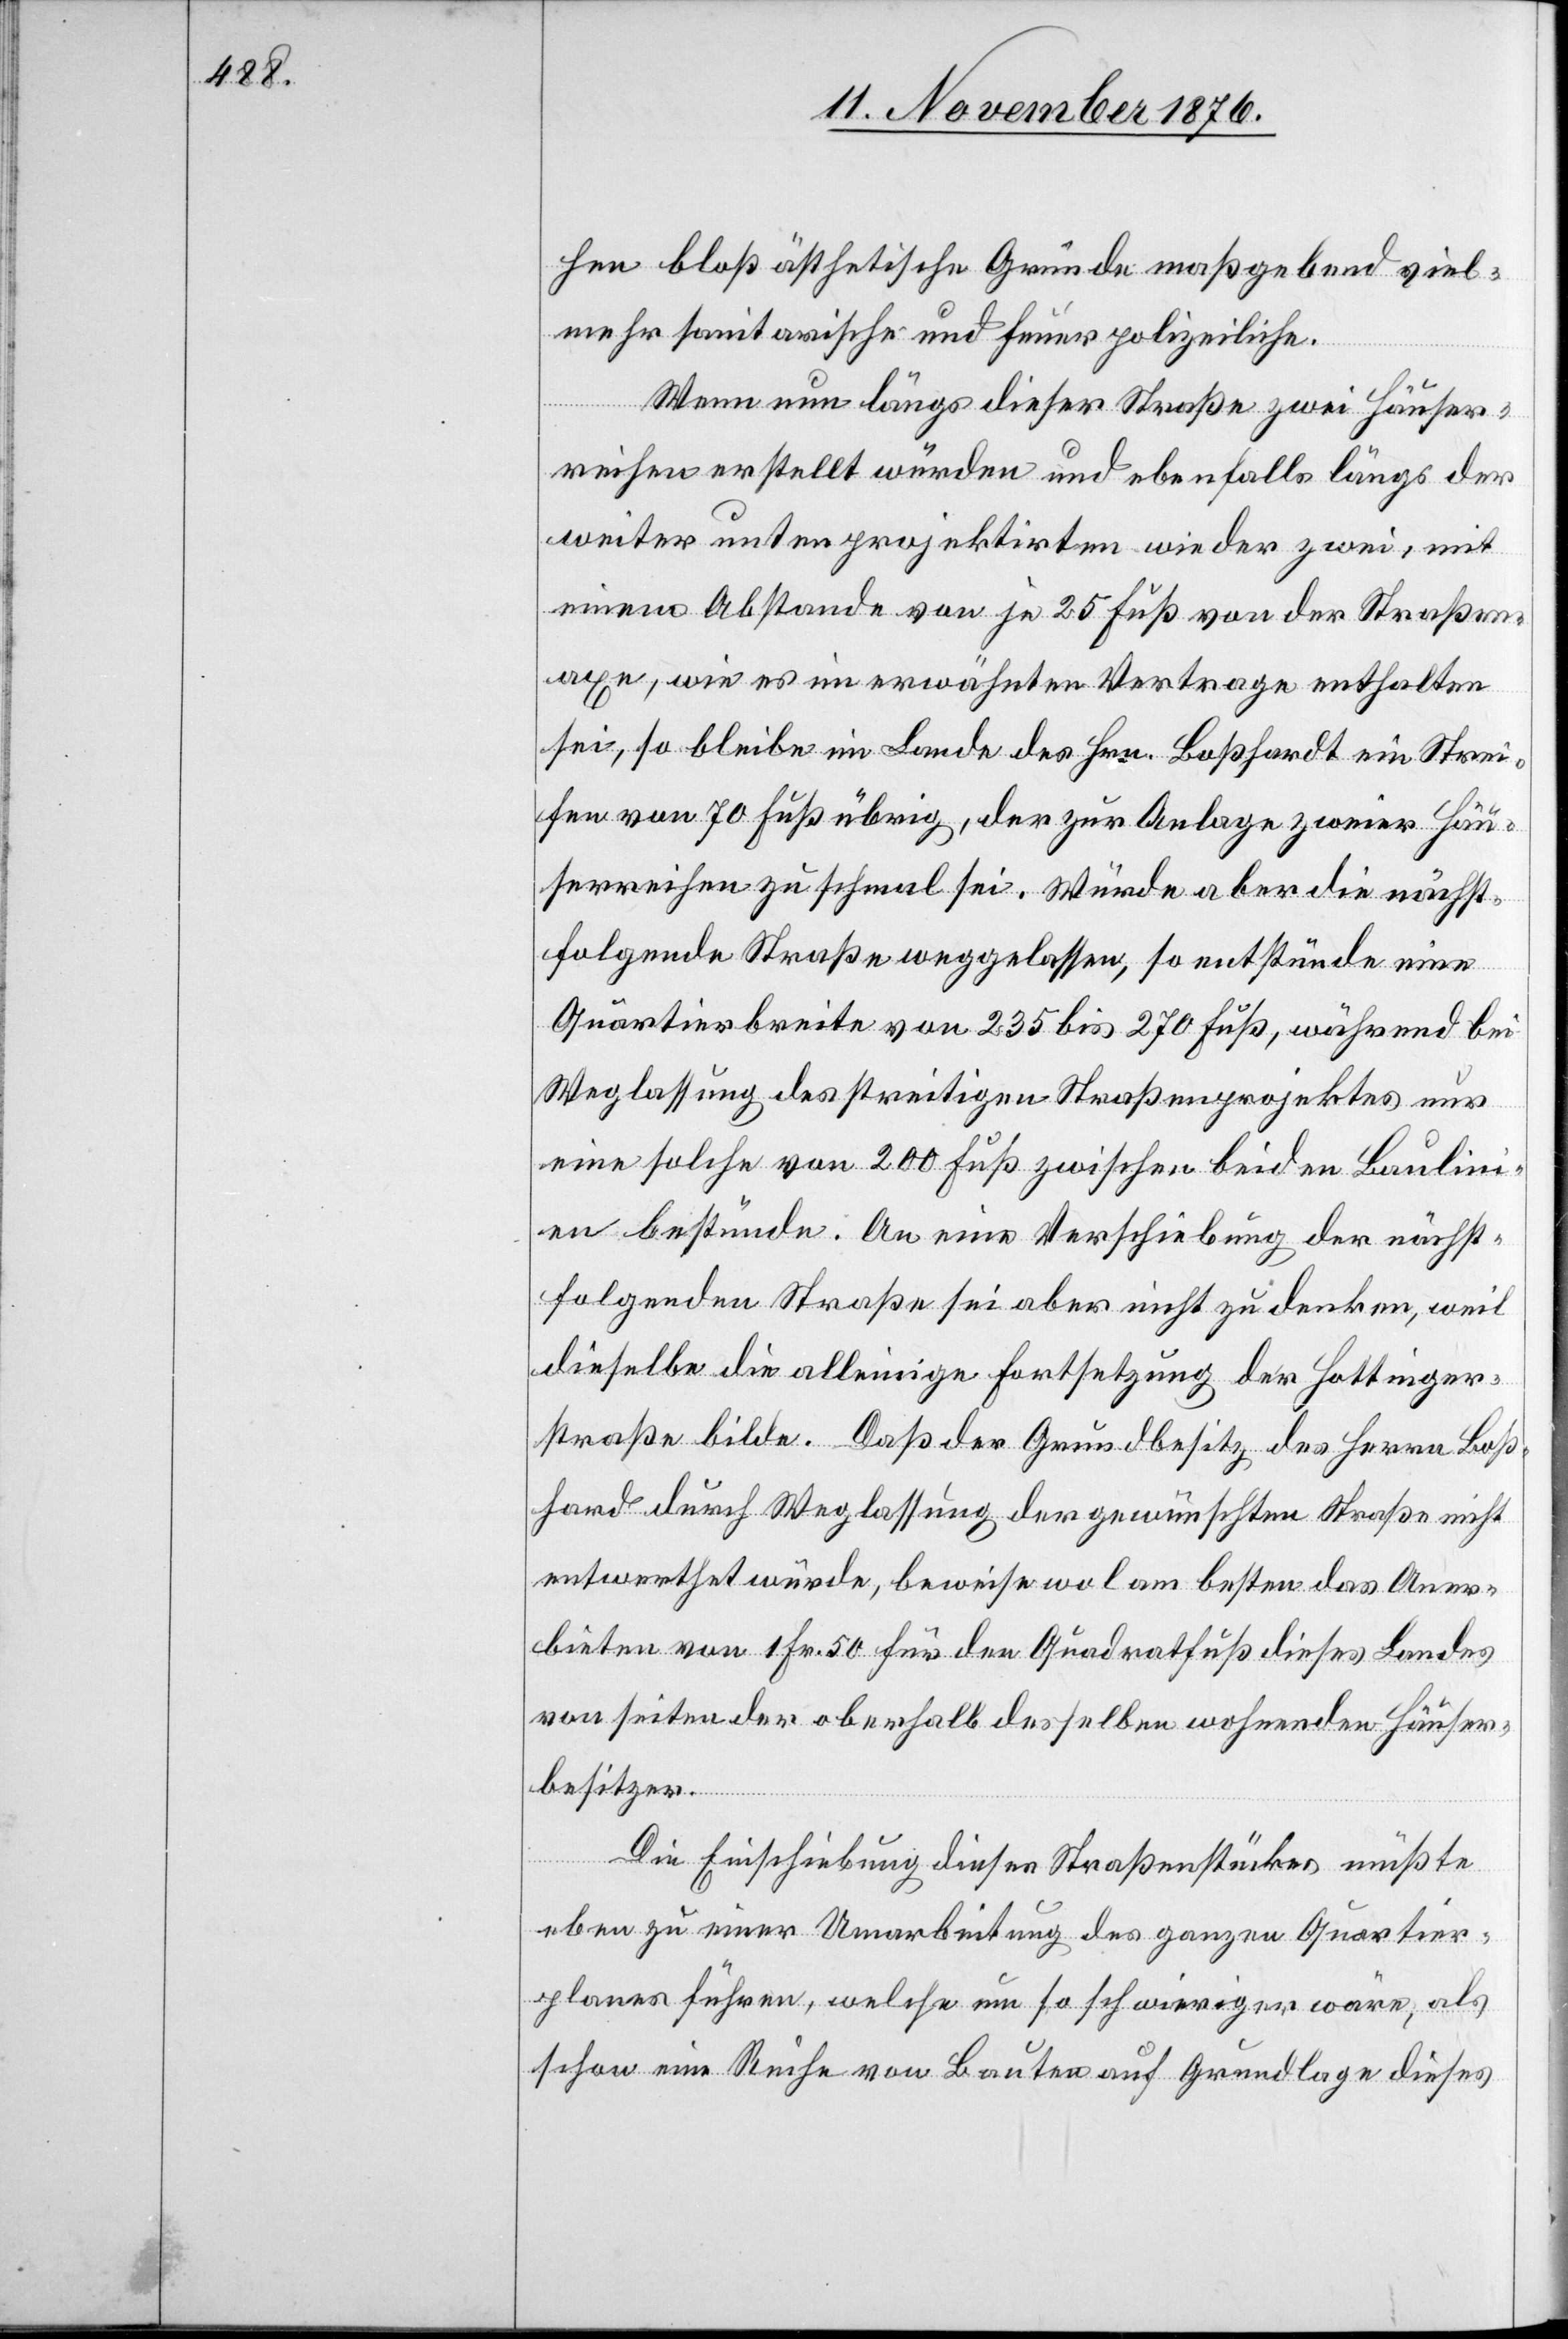
hen bloß ästhetische Gründe maßgebend viel¬
mehr sanitarische und feuerpolizeiliche.
Wenn nun längs dieser Straße zwei Häuser¬
reihen erstellt würden und ebenfalls längs
weiter unter projektirten wieder zwei, mit
einem Abstande von je 25 Fuß von der Straßen¬
axe, wie es in erwähntem Vertrage enthalten
sei, so bleibe im Lande des Hrn. Boßhardt ein Strei¬
fen von 70 Fuß übrig, der zur Anlage zweier Häu¬
serreihen zu schmal sei. Würde aber die nächst¬
folgende Straße weggelassen, so entstünde eine
Quartiersbreite von 235 bis 270 Fuß, während bei
Weglassung des streitigen Straßenprojektes nur
eine solche von 200 Fuß zwischen beiden Baulin¬
ien bestünde. An eine Verschiebung der nächst¬
folgenden Straße sei aber nicht zu denken, weil
dieselbe die alleinige Fortsetzung der Hottinger¬
straße bilde. Daß der Grundbesitz des Herrn Boß¬
hard durch Weglassung der gewünschten Straße nicht
entwerthet würde, beweise wol am besten das Aner¬
bieten von 1 Fr. 50 für den Quadratfuß dieses Landes
von seiten der oberhalb desselben wohnenden Häuser¬
besitzer.
Die Einschiebung dieses Straßenstückes müßte
eben zu einer Umarbeitung des ganzen Quartier¬
planes führen, welche um so schwieriger wäre, als
schon eine Reihe von Bauten auf Grundlage dieses